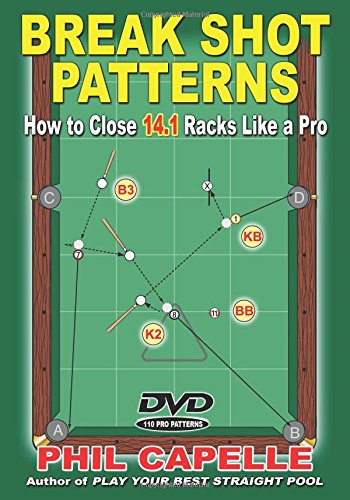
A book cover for Break Shot Patterns: How to Close 14.1 Racks Like a Pro Book and DVD; Phil Capelle; Sports & Outdoors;